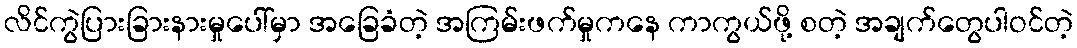
လိင်ကွဲပြားခြားနားမှုပေါ်မှာ အခြေခံတဲ့ အကြမ်းဖက်မှုကနေ ကာကွယ်ဖို့ စတဲ့ အချက်တွေပါဝင်တဲ့